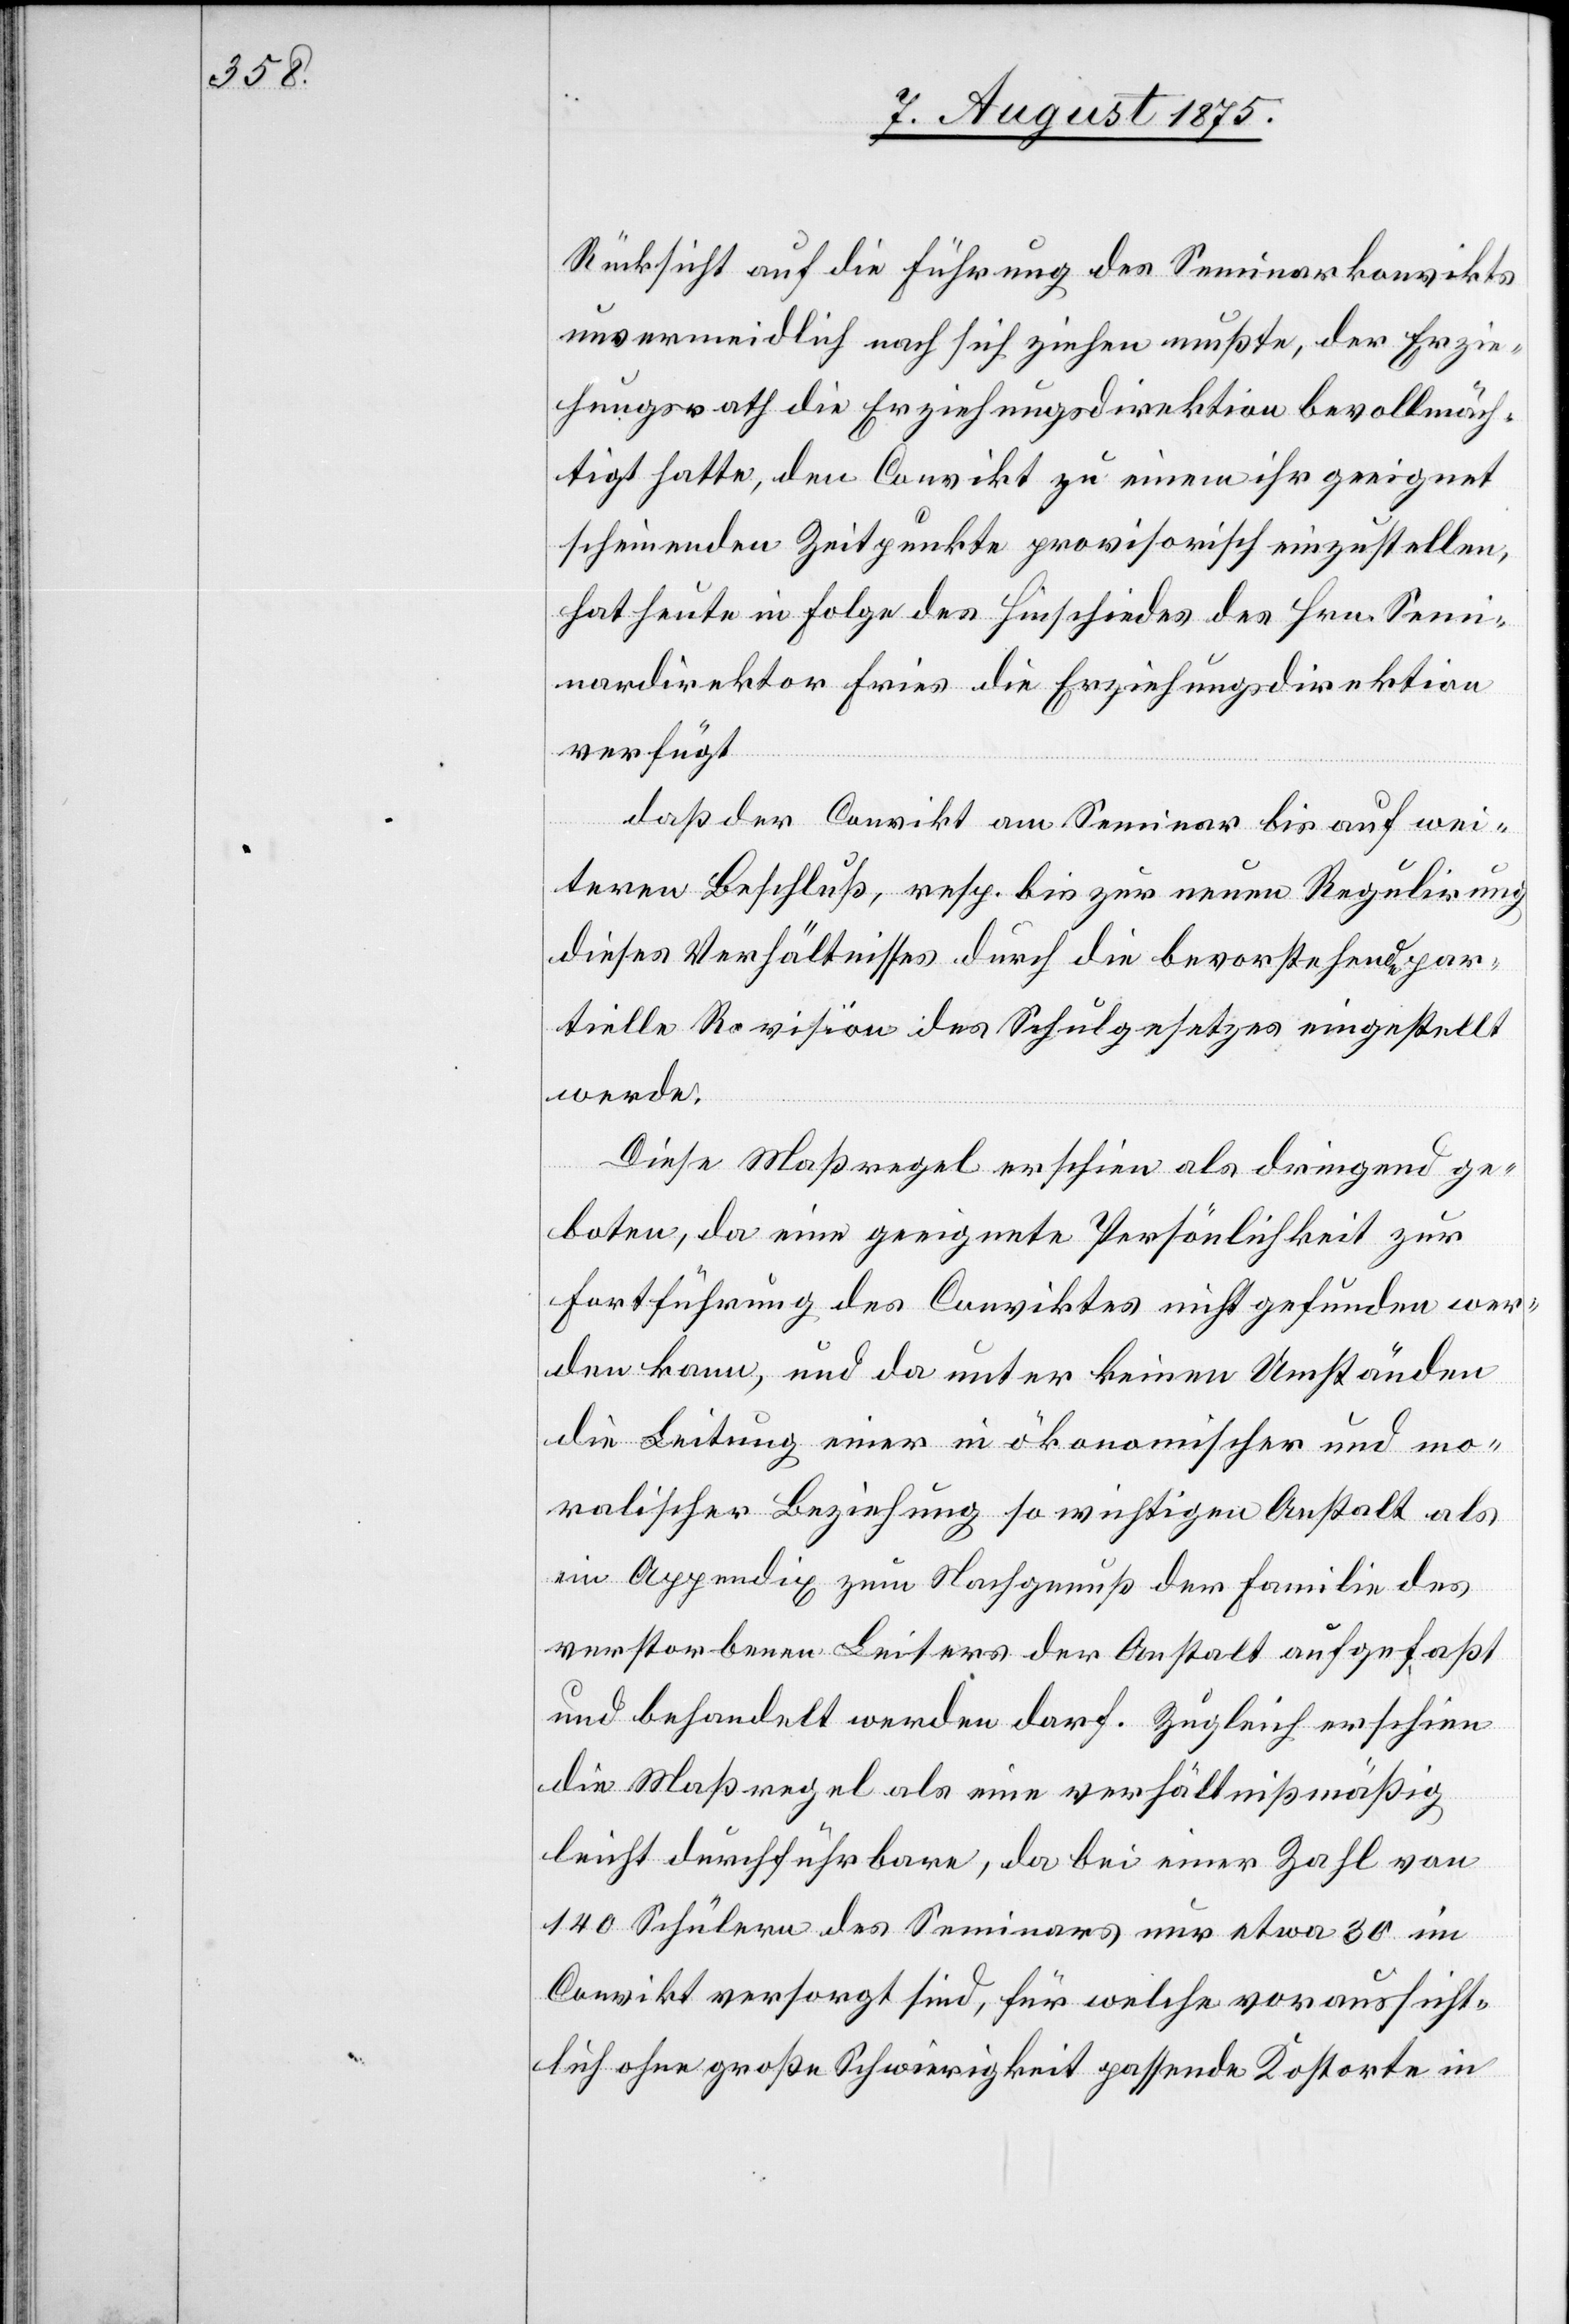
Rücksicht auf die Führung des Seminarkonvikts
unvermeidlich nach sich ziehen mußte, der Erzie¬
hungsrath die Erziehungsdirektion bevollmäch¬
tigt hatte, den Convikt zu einem ihr geeignet
scheinenden Zeitpunkte provisorische einzustellen,
hat heute in Folge des Hinschiedes des Hrn. Semi¬
nardirektors Fries die Erziehungsdirektion
verfügt
daß der Convikt am Seminar bis auf wei¬
teren Beschluß, resp. bis zur neuen Regulirung
dieses Verhältnisses durch die bevorstehende par¬
tielle Revision des Schulgesetzes eingestellt
werde.
Diese Maßregel schien als dringend ge¬
boten, da eine geeignete Persönlichkeit zur
Fortführung des Conviktes nicht gefunden wer¬
den kann, und da unter keinen Umständen
die Leitung einer in ökonomischer und mo¬
ralischer Beziehung so wichtigen Anstalt als
ein Appendix zum Nachgenuß der Familie des
verstorbenen Leiters der Anstalt aufgefaßt
und behandelt werden darf. Zugleich erschien
die Maßregel als eine verhältnißmäßig
leicht durchführbare, da bei einer Zahl von
140 Schülern des Seminars nur etwa 30 im
Convikt versorgt sind, für welche voraussicht¬
lich ohne große Schwierigkeit passende Kostorte in